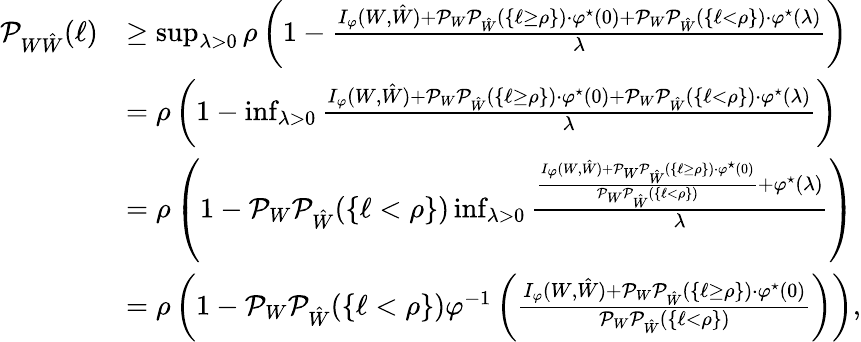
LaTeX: \begin{array}{rl}{\mathcal{P}_{W\hat{W}}(\ell)}&{\geq\operatorname*{sup}_{\lambda>0}\rho\left(1-\frac{I_{\varphi}(W,\hat{W})+\mathcal{P}_{W}\mathcal{P}_{\hat{W}}(\{ \ell\geq\rho\} )\cdot\varphi^{\star}(0)+\mathcal{P}_{W}\mathcal{P}_{\hat{W}}(\{ \ell<\rho\} )\cdot\varphi^{\star}(\lambda)}{\lambda}\right)}\\ &{=\rho\left(1-\operatorname*{inf}_{\lambda>0}\frac{I_{\varphi}(W,\hat{W})+\mathcal{P}_{W}\mathcal{P}_{\hat{W}}(\{ \ell\geq\rho\} )\cdot\varphi^{\star}(0)+\mathcal{P}_{W}\mathcal{P}_{\hat{W}}(\{ \ell<\rho\} )\cdot\varphi^{\star}(\lambda)}{\lambda}\right)}\\ &{=\rho\left(1-\mathcal{P}_{W}\mathcal{P}_{\hat{W}}(\{ \ell<\rho\} )\operatorname*{inf}_{\lambda>0}\frac{\frac{I_{\varphi}(W,\hat{W})+\mathcal{P}_{W}\mathcal{P}_{\hat{W}}(\{ \ell\geq\rho\} )\cdot\varphi^{\star}(0)}{\mathcal{P}_{W}\mathcal{P}_{\hat{W}}(\{ \ell<\rho\} )}+\varphi^{\star}(\lambda)}{\lambda}\right)}\\ &{=\rho\left(1-\mathcal{P}_{W}\mathcal{P}_{\hat{W}}(\{ \ell<\rho\} )\varphi^{-1}\left(\frac{I_{\varphi}(W,\hat{W})+\mathcal{P}_{W}\mathcal{P}_{\hat{W}}(\{ \ell\geq\rho\} )\cdot\varphi^{\star}(0)}{\mathcal{P}_{W}\mathcal{P}_{\hat{W}}(\{ \ell<\rho\} )}\right)\right),}\end{array}